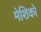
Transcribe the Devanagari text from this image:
मेशिको